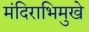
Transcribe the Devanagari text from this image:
मंदिराभिमुखे